Annual administration report of the Civil Veterinary Department of India - 1896-1897
Year: 1896
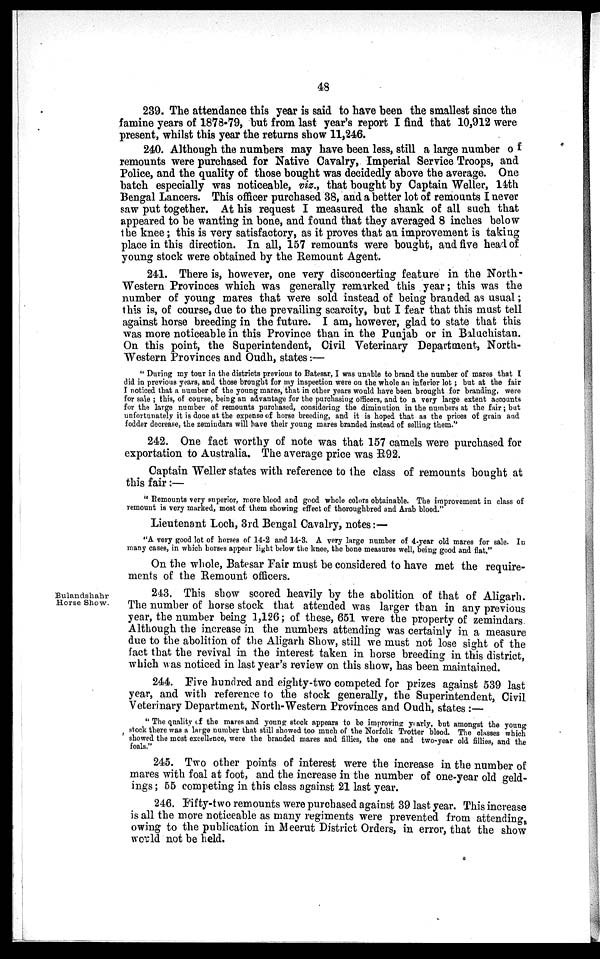
48
239. The attendance this year is said to have been the smallest since the
famine years of 1878.79, but from last year's report I find that 10,912 were
present, whilst this year the returns show 11,246.
240. Although the numbers may have been less, still a large number of
remounts were purchased for Native Cavalry, Imperial Service Troops, and
Police, and the quality of those bought was decidedly above the average. One
batch especially was noticeable, viz., that bought by Captain Weller, 14th
Bengal Lancers. This officer purchased 38, and a better lot of remounts I never
saw put together. At his request I measured the shank of all such that
appeared to be wanting in bone, and found that they averaged 8 inches below
the knee; this is very satisfactory, as it proves that an improvement is taking
place in this direction. In all, 157 remounts were bought, and five head of
young stock were obtained by the Remount Agent.
241. There is, however, one very disconcerting feature in the North -
Western Provinces which was generally remarked this year; this was the
number of young mares that were sold instead of being branded as usual;
this is, of course, due to the prevailing scarcity, but I fear that this must tell
against horse breeding in the future. I am, however, glad to state that this
was more noticeable in this Province than in the Punjab or in Baluchistan.
On this point, the Superintendent, Civil Veterinary Department, North-
-estern Provinces and Oudh, states:—
"During my tour in the districts previous to Batesar, I was unable to brand the number of mares that I
did in previous years, and those brought for my inspection were on the whole an inferior lot; but at the fair
I noticed that a number of the young mares, that in other years would have been brought for branding, were
for sale; this, of course, being an advantage for the purchasing officers, and to a very large extent accounts
for the large number of remounts purchased, considering the diminution in the numbers at the fair; but
unfortunately it is done at the expense of horse breeding, and it is hoped that as the prices of grain and
fodder decrease, the zemindars will have their young mares branded instead of selling them."
242. One fact worthy of note was that 157 camels were purchased for
exportation to Australia. The average price was R92.
Captain Weller states with reference to the class of remounts bought at
this fair:—
"Remounts very superior, more blood and good whole colors obtainable. The improvement in class of
remount is very marked, most of them showing effect of thoroughbred and Arab blood."
Lieutenant Loch, 3rd Bengal Cavalry, notes:—
"A very good lot of horses of 14-2 and 14-3. A very large number of 4-year old mares for sale. In
many cases, in which horses appear light below the knee, the bone measures well, being good and flat."
On the whole, Batesar Fair must be considered to have met the require-
ments of the Remount officers.
Bulandshahr
Horse Show.
243. This show scored heavily by the abolition of that of Aligarh.
The number of horse stock that attended was larger than in any previous
year, the number being 1,126; of these, 651 were the property of zemindars.
Although the increase in the numbers attending was certainly in a measure
due to the abolition of the Aligarh Show, still we must not lose sight of the
fact that the revival in the interest taken in horse breeding in this district,
which was noticed in last year's review on this show, has been maintained.
244. Five hundred and eighty-two competed for prizes against 539 last
year, and with reference to the stock generally, the Superintendent, Civil
Veterinary Department, North-Western Provinces and Oudh, states:—
"The quality of the mares and young stock appears to be improving yearly, but amongst the young
stock there was a large number that still showed too much of the Norfolk Trotter blood. The classes which
showed the most excellence, were the branded mares and fillies, the one and two-year old fillies, and the
foals."
245. Two other points of interest were the increase in the number of
mares with foal at foot, and the increase in the number of one-year old geld-
ings; 55 competing in this class against 21 last year.
246. Fifty-two remounts were purchased against 39 last year. This increase
is all the more noticeable as many regiments were prevented from attending
owing to the publication in Meerut District Orders, in error, that the show
world not be held.